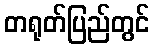
တရုတ်ပြည်တွင်